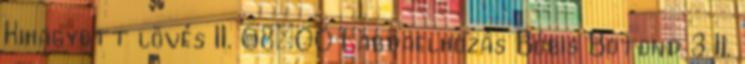
Kihagyott lövés II. 08:00 Labdaelhozás Bóbis Botond 3 II.